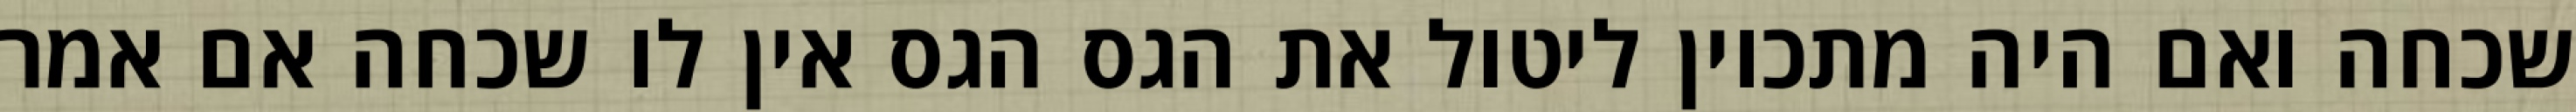
שכחה ואם היה מתכוין ליטול את הגס הגס אין לו שכחה אם אמר